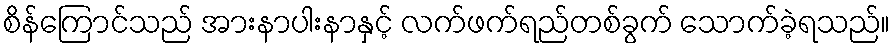
စိန်ကြောင်သည် အားနာပါးနာနှင့် လက်ဖက်ရည်တစ်ခွက် သောက်ခဲ့ရသည်။